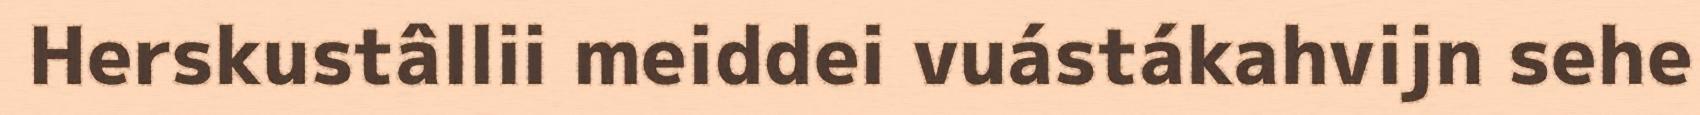
Herskustâllii meiddei vuástákahvijn sehe